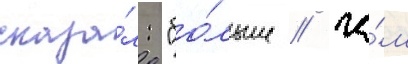
сказа́л: "бо́льше / че́м